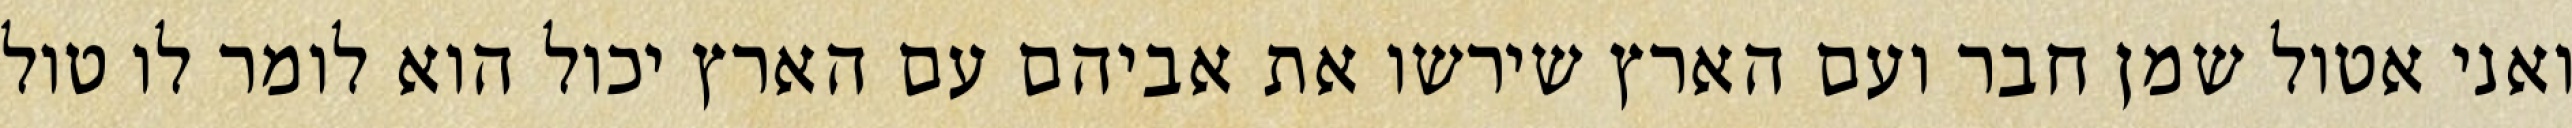
ואני אטול שמן חבר ועם הארץ שירשו את אביהם עם הארץ יכול הוא לומר לו טול